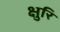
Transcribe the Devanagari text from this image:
क्षुरि